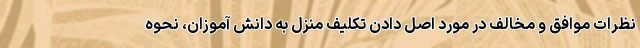
نظرات موافق و مخالف در مورد اصل دادن تکلیف منزل به دانش آموزان، نحوه